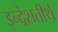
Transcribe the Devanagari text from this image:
इन्द्रेशतीर्थ